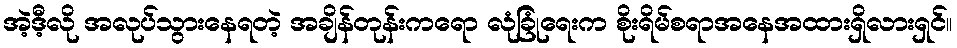
အဲ့ဒီ့လို အလုပ်သွားနေရတဲ့ အချိန်တုန်းကရော လုံခြုံရေးက စိုးရိမ်စရာအနေအထားရှိလားရှင်။